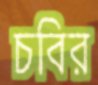
চবির